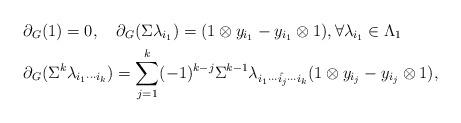
LaTeX: \begin{align*}&\partial_{G}(1)=0, \quad\partial_{G}(\Sigma \lambda_{i_1})=(1\otimes y_{i_1}-y_{i_1}\otimes 1), \forall \lambda_{i_1}\in \Lambda_1\\&\partial_{G}(\Sigma^k\lambda_{i_1\cdots i_k})=\sum\limits_{j=1}^k(-1)^{k-j} \Sigma^{k-1}\lambda_{i_1\cdots \hat{i_j}\cdots i_k}(1\otimes y_{i_j}-y_{i_j}\otimes 1),\end{align*}